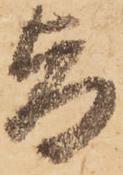
旨